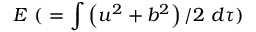
E \ ( \ = \int \left( u ^ { 2 } + b ^ { 2 } \right) / 2 \ d \tau )